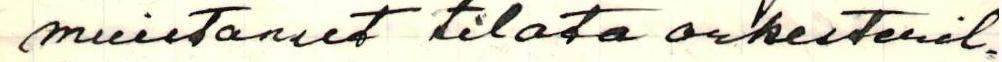
muistanut tilata orkesteril-